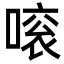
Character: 𠽓